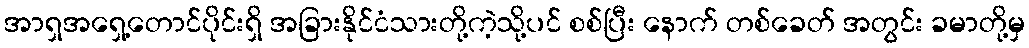
အာရှအရှေ့တောင်ပိုင်းရှိ အခြားနိုင်ငံသားတို့ကဲ့သို့ပင် စစ်ပြီး နောက် တစ်ခေတ် အတွင်း ခမာတို့မှ